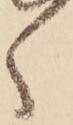
ゝ